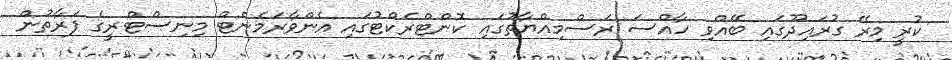
ކުރީ މިރޭ ގުރައިދޫގައި ބޭއްވި ހާއްސަ ރަސްމިއްޔާތުގައި ކޮންޓްރެކްޓުގައި އެންވާރަމެންޓް މިނިސްޓްރީގެ ފަރާތުން